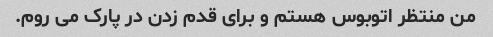
من منتظر اتوبوس هستم و برای قدم زدن در پارک می روم.